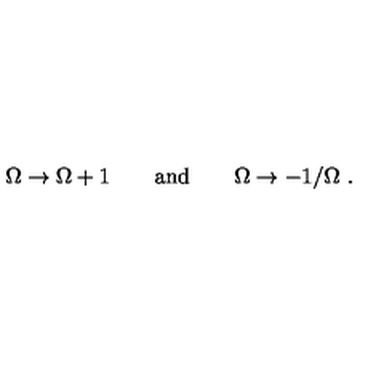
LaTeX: \Omega \to \Omega + 1 \qquad \mathrm { a n d } \qquad \Omega \to - 1 / \Omega \ .